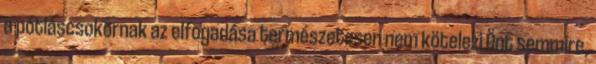
a pótláscsokornak az elfogadása természetesen nem kötelezi Önt semmire,